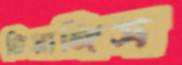
তিয়াঙ্গিস